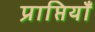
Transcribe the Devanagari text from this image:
प्राप्तियाँ